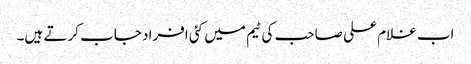
اب غلام علی صاحب کی ٹیم میں کئی افراد جاب کرتے ہیں۔